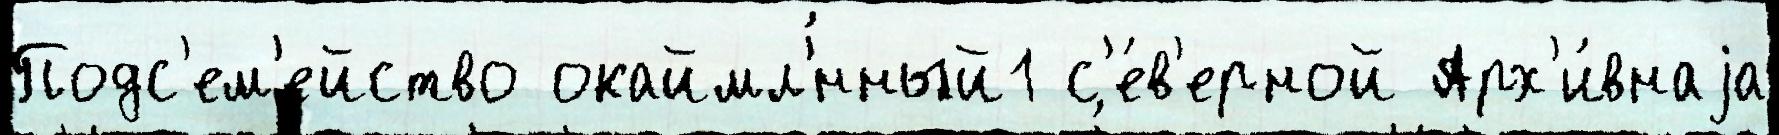
Подс'ем'ейство окаймл'́нный1 с'е́в'ерной Арх'и́внаjа